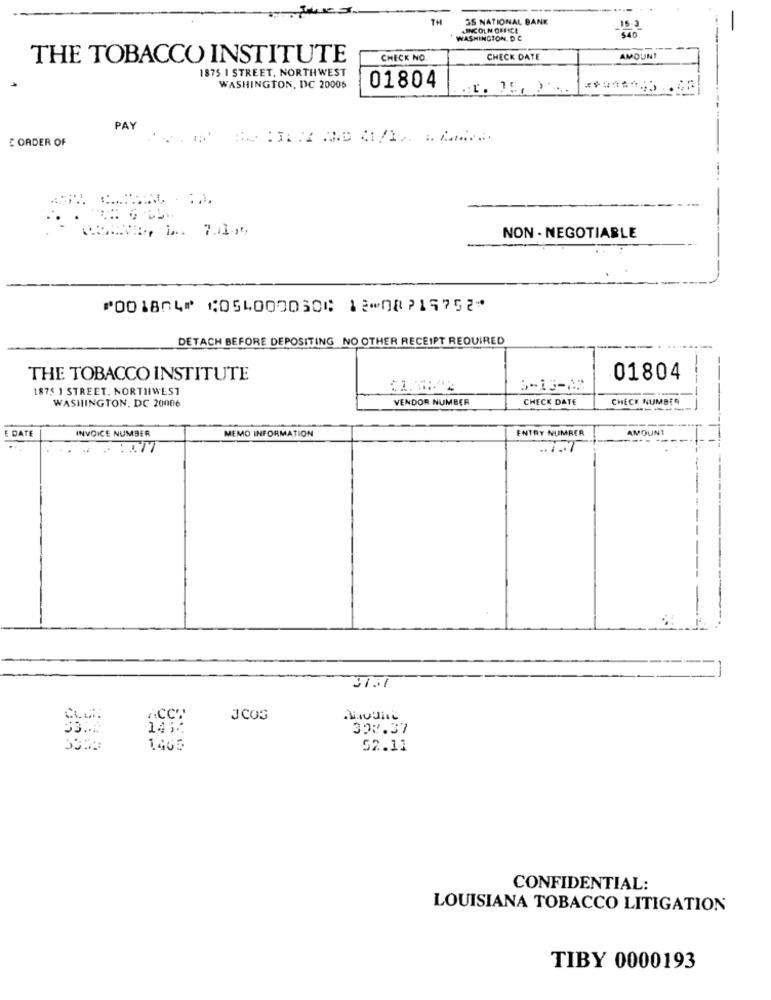
TH
35 NATIONAL BANK
LINCOLN OFFICE
15-2
$40
WASHINGTON, DC
THE TOBACCO INSTITUTE
CHECK NO
CHECK DATE
AMOUNT
1875 1 STREET, NORTHWEST
WASHINGTON, DC 20006
01804
--
PAY
E ORDER OF
NON- NEGOTIABLE
⑈001804⑈ ⑆054000030⑆ 12⑉08719752⑈
DETACH BEFORE DEPOSITING NO OTHER RECEIPT REQUIRED
THE TOBACCO INSTITUTE
01804
1875 1 STREET, NORTHWEST
3-13-02
WASHINGTON, DC 20006
VENDOR NUMBER
CHECK DATE
CHECK NUMBER
DATE
INVOICE NUMBER
ENTRY NUMBER
AMOUNT
MEMO INFORMATION
.. 7.7
3151
ACCT
JCOS
14 ;:
302.37
1.405
52.11
CONFIDENTIAL:
LOUISIANA TOBACCO LITIGATION
TIBY 0000193